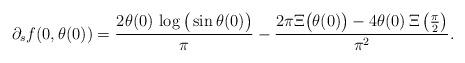
LaTeX: \begin{align*}\partial_s f(0,\theta(0))=\frac{2\theta(0)\,\log\big(\sin\theta(0)\big) }{\pi }-\frac{ 2\pi\Xi\big(\theta(0)\big)-4\theta(0)\,\Xi\left( \frac\pi2\right) }{\pi^2 }.\end{align*}